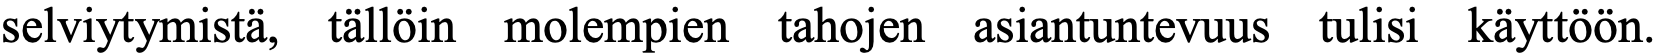
selviytymistä, tällöin molempien tahojen asiantuntevuus tulisi käyttöön.